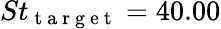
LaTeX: St_{\mathrm{~t~a~r~g~e~t~}}=40.00